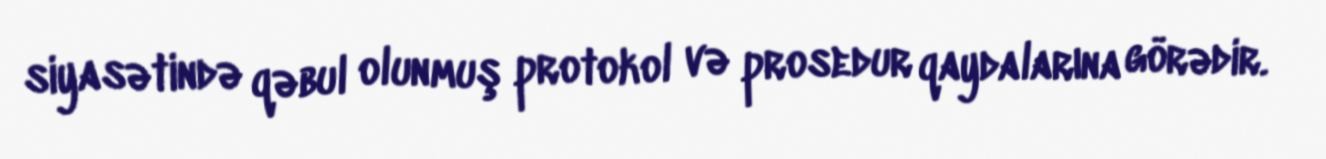
siyasətində qəbul olunmuş protokol və prosedur qaydalarına görədir.